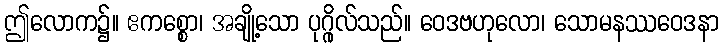
ဤလောက၌။ ဧကစ္စော၊ အချို့သော ပုဂ္ဂိုလ်သည်။ ဝေဒဗဟုလော၊ သောမနဿဝေဒနာ